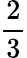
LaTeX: \frac{2}{3}